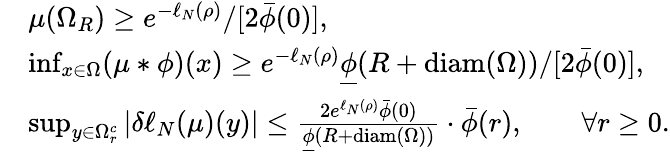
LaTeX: \begin{array}{rl}&{\mu(\Omega_{R})\geq e^{-\ell_{N}(\rho)}/[2\bar{\phi}(0)],}\\ &{\operatorname*{inf}_{x\in\Omega}(\mu*\phi)(x)\geq e^{-\ell_{N}(\rho)}\underline{{\phi}}(R+\mathrm{diam}(\Omega))/[2\bar{\phi}(0)],}\\ &{\operatorname*{sup}_{y\in\Omega_{r}^{c}}|\delta\ell_{N}(\mu)(y)|\leq\frac{2e^{\ell_{N}(\rho)}\bar{\phi}(0)}{\underline{{\phi}}(R+\mathrm{diam}(\Omega))}\cdot\bar{\phi}(r),\qquad\forall r\geq 0.}\end{array}